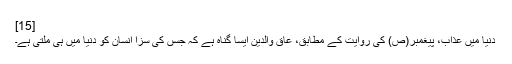
[15]
دنیا میں عذاب، پیغمبر(ص) کی روایت کے مطابق، عاق والدین ایسا گناہ ہے کہ جسں کی سزا انسان کو دنیا میں ہی ملتی ہے۔